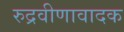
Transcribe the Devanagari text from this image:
रुद्रवीणावादक